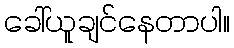
ခေါ်ယူချင်နေတာပါ။